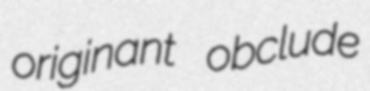
originant obclude